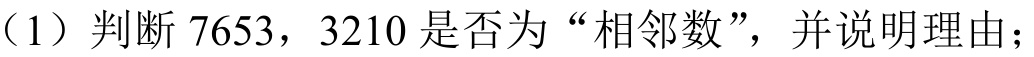
(1) 判断 \(7653\)，\(3210\) 是否为 “相邻数”，并说明理由；